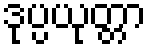
ဒုပ္ပယုတ္တာ